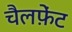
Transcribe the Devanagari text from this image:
चैलफ़ेंट